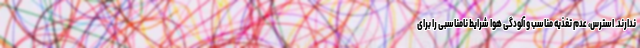
ندارند. استرس، عدم تغذیه مناسب و آلودگی هوا شرایط نامناسبی را برای